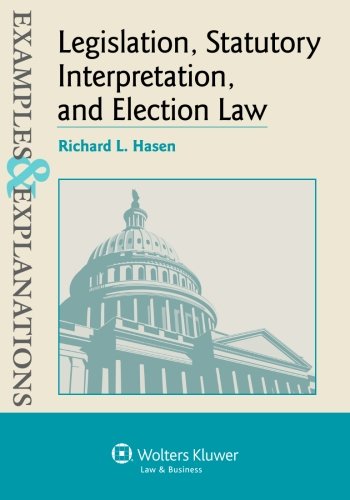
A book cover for Examples & Explanations Legislation, Statutory Interpretation and Election Law; Richard L. Hasen; Law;